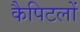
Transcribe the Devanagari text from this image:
कैपिटलों